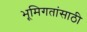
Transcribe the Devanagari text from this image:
भूमिगतांसाठी